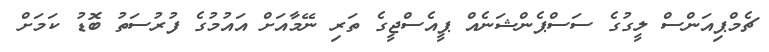
ޗެމްޕިއަންސް ލީގުގެ ސަސްޕެންޝަނެއް ޕީއެސްޖީގެ ތަރި ނޭމާއަށް އައުމުގެ ފުރުސަތު ބޮޑު ކަމަށް